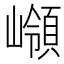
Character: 𡽹